Bréfritari: Þórunn Pálsdóttir
Viðtakandi: Páll Pálsson
Dagsetning: A-1863-10-06
Skrifað á: Hallfreðarstöðum  N-Múl.
Páll var bróðir Þórunnar

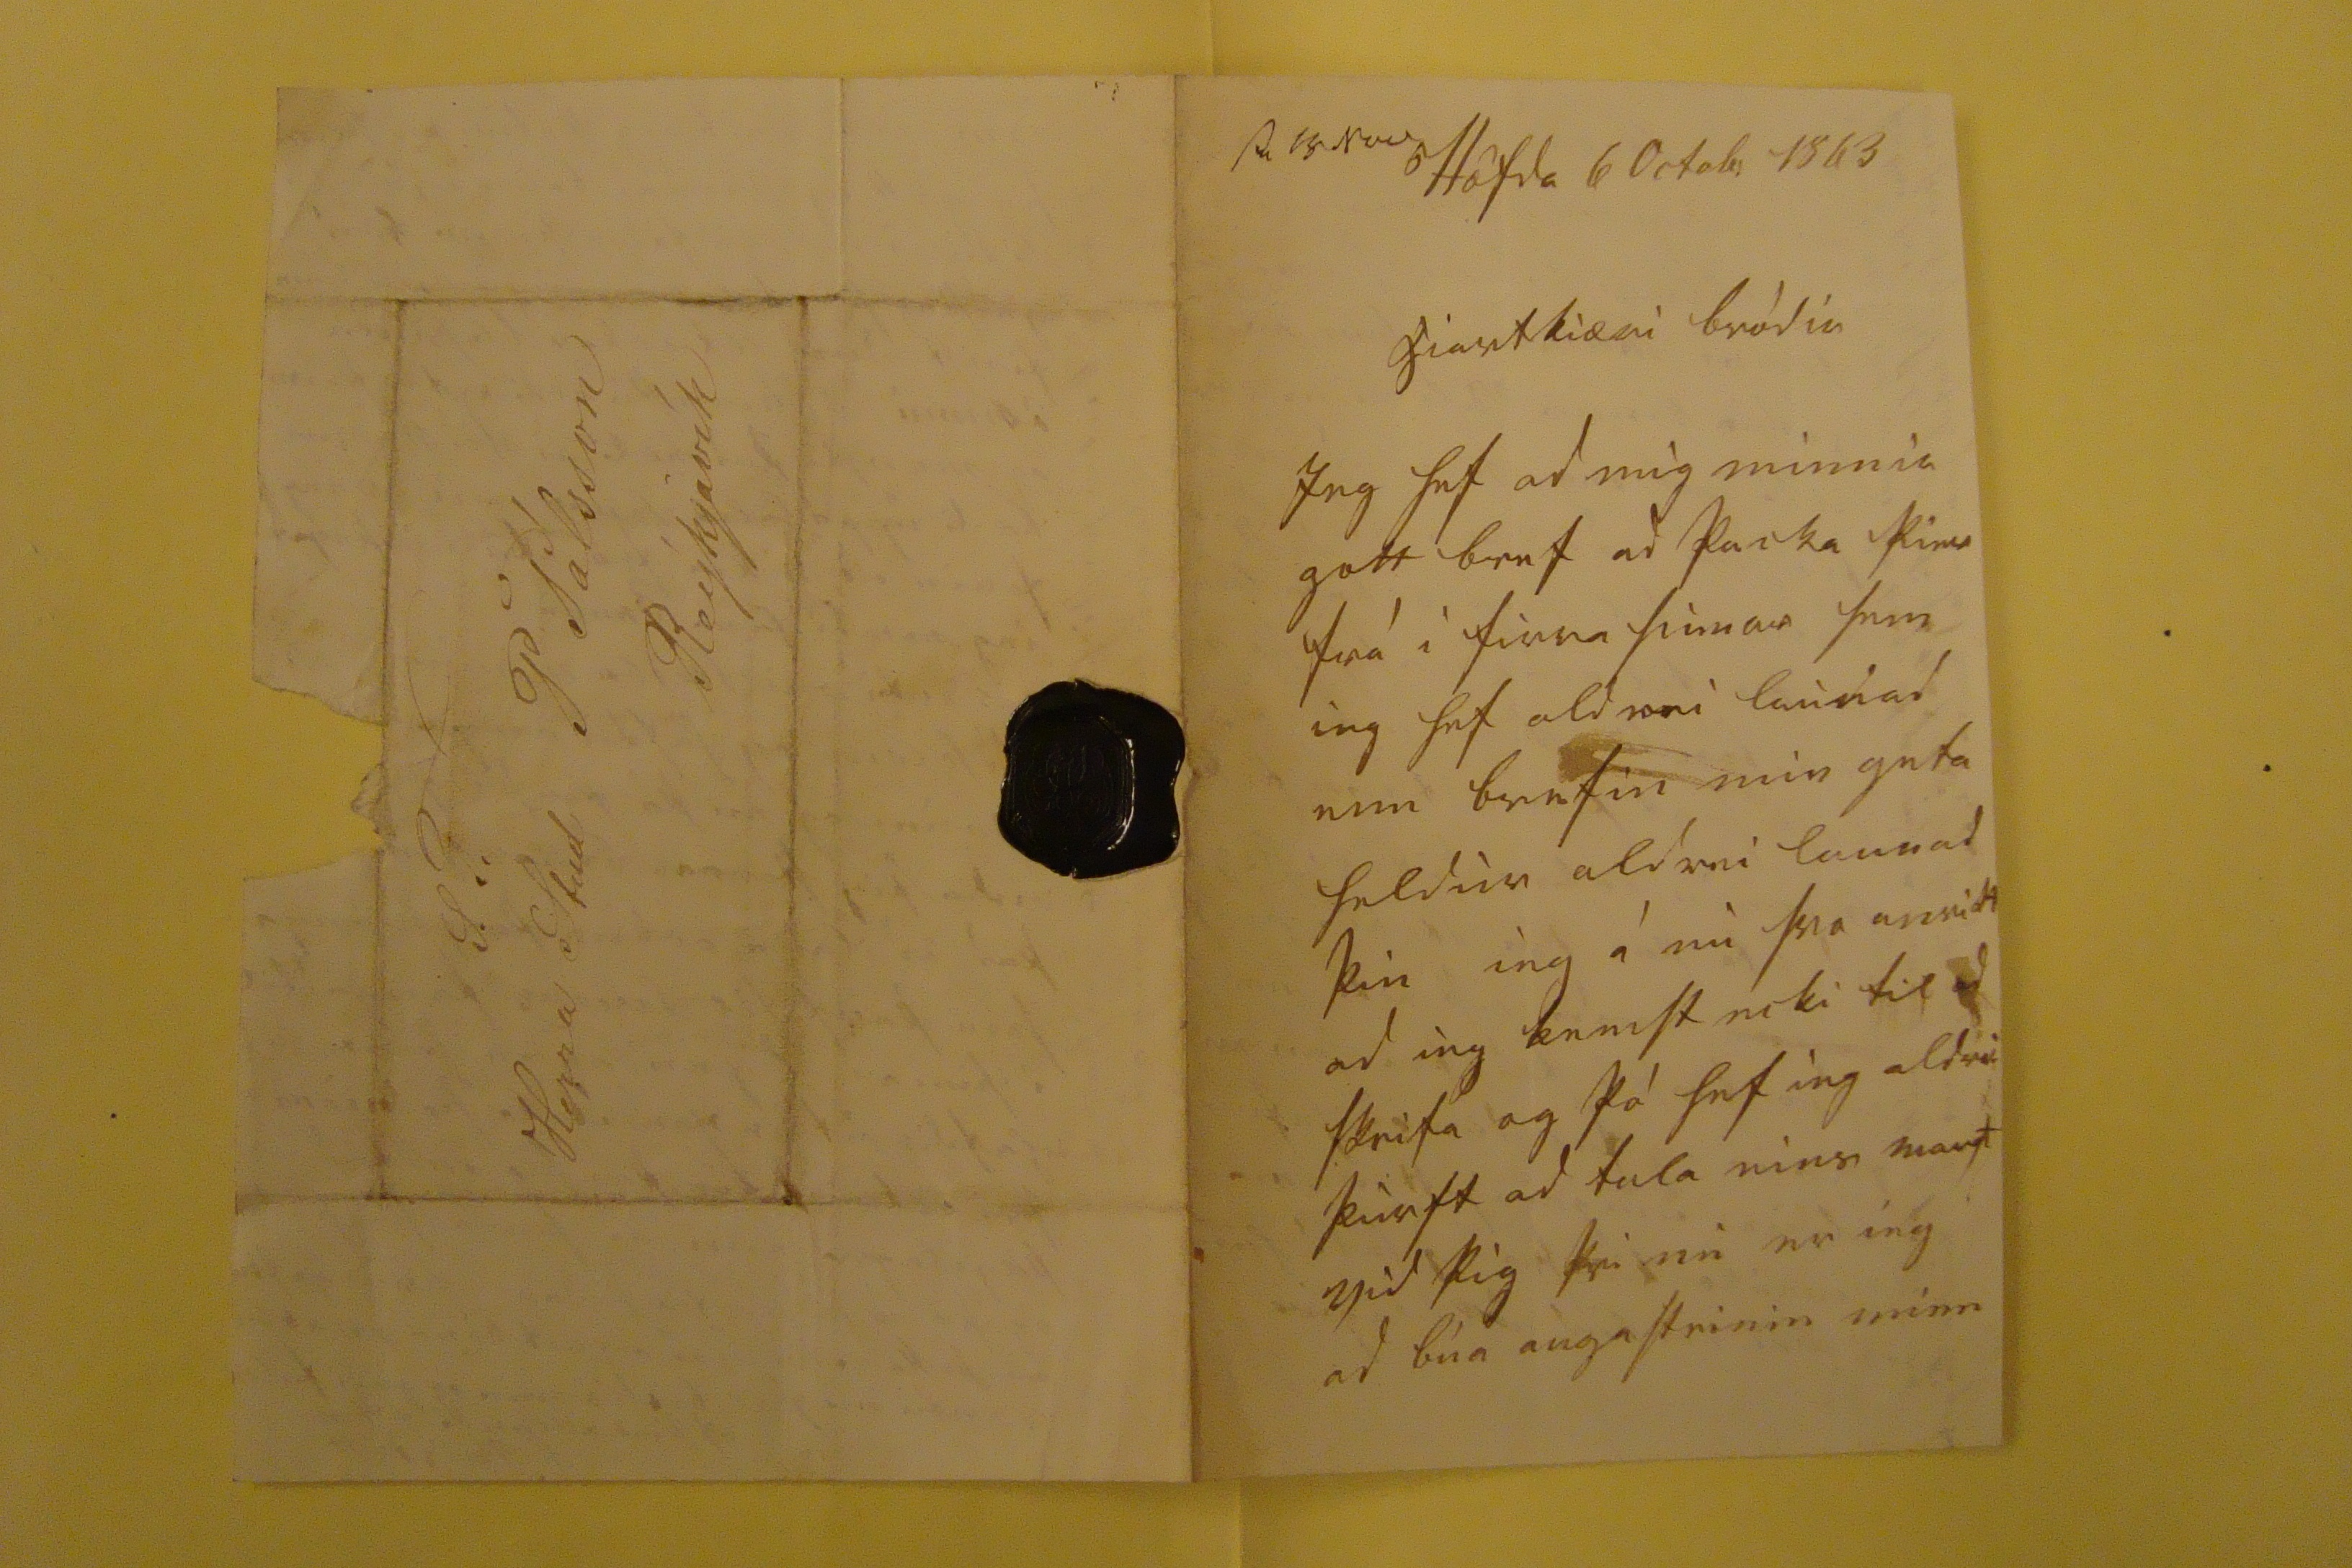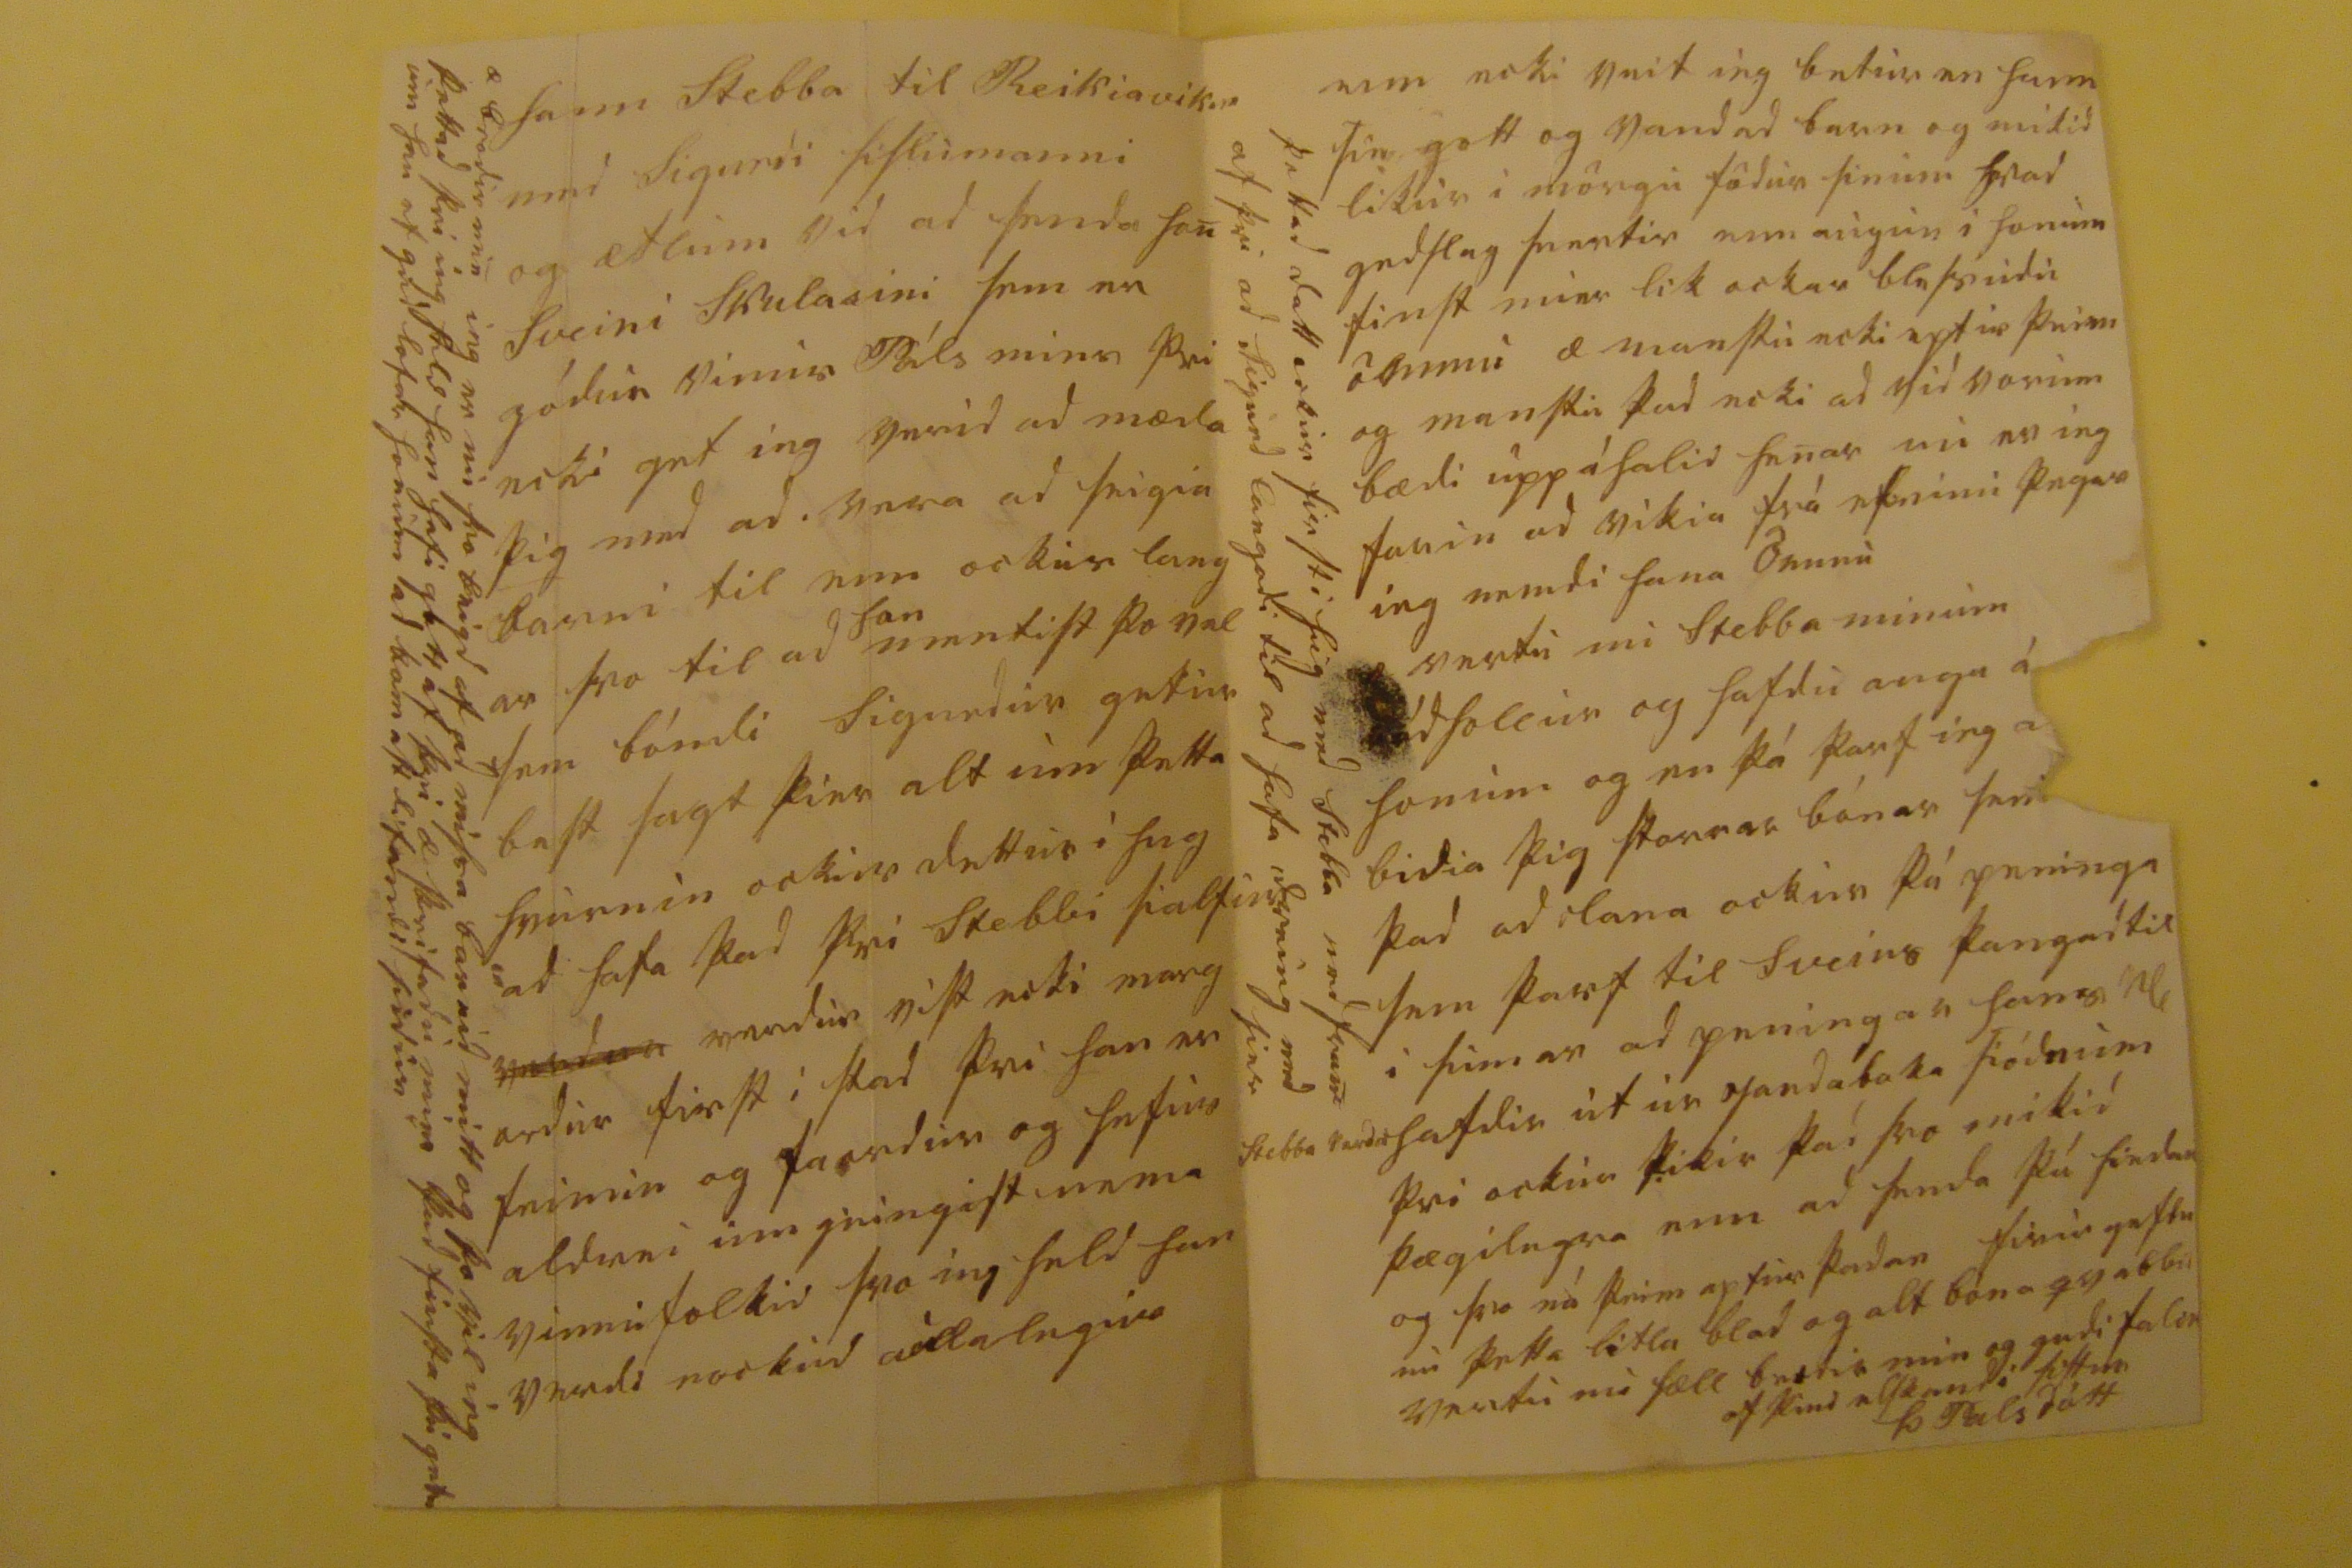

s0 18 Nov
Höfda 6 Octob 1863
hiartkiæri bródir
Ieg hef ad mig minnir gott bref ad þacka þier frá i firra sumar sem ieg hef aldrei launad enn brefin min geta heldur aldrei launad þin ieg á nu svo anrikt ad ieg kemst ecki til ad skrifa og þá hef ieg aldrei þurft ad tala eins margt vid þig þvi nu er ieg ad bua augasteinin minn
hann Stebba til Reikiavikur med Sigurdi sislumanni og ætlum vid ad senda han Sveini Skulasini sem er gódur vinur Páls mins þvi ecki get ieg verid ad mæda þig med ad. vera ad seigia
barni
til enn ockur lang ar svo til ad
han
mentist þo vel sem bóndi Sigurdur getur best sagt þier alt um þetta hvurnin ockur dettur i hug ad hafa þad þvi Stebbi sialfur
verdur
verdur vist ecki marg ordur first i stad þvi han er feimin og faordur og hefur aldrei umgeingist nema vinnufolkid svo ieg held han verdi nockud
a00lalegur
æ brodir min ieg er nu svo hrigd af ad missa barnid mitt og þo vil ieg þettad þvi ieg held han hafi gott af þvi æ skrifadu mier þad firsta þu getur um han ef gud lofar honum ad komast lifandi sudur
enn ecki veit ieg betur en hann sie gott og vandad barn og mikid likur i mörgu födur sinum hvad gedslag snertir enn augun i honum finst mier lik ockar blessudu ömmu æ mastu ecki eptir þeim og manstu þad ecki ad vid vorum bædi uppáhald henar nu er ieg farin ad vikia frá efninu þegar ieg mundi hana ömmu vertu nu Stebba minum rádhollur og hafdu augu á honum og nu þá þarf ieg ad bidia þig storrar bónar
sem
þad ad lana ockur þá peninga sem þarf til Sveins þangad til i sumar ad peningar hans
00
Stebba Þordar
hafdir ut ur
pandabaka
siódnum þvi ockur þikir þad svo mikid þægilegra enn ad senda þú hiedan og svo ná þeim aptur þadan firirgefdu nu þetta litla blad og alt bóna qvabbid vertu nu sæll brodir min og gudi
fel00
af þini elskandi sistur
Þ Palsdott
þettad datt ockur first i hug med Stebba medfram af þvi ad Sigurd langadi til ad hafa dreing med sier
S.T. Herra Stud P. Pálsson Reykjavík